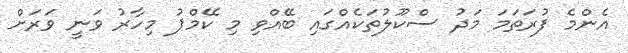
އެންމެ ފުރަތަމަ މަދު ސްކޫލުތަކެއްގައި ބޭއްވި މި ކޭމްޕު މިހާރު ވަނީ ވަރަށް